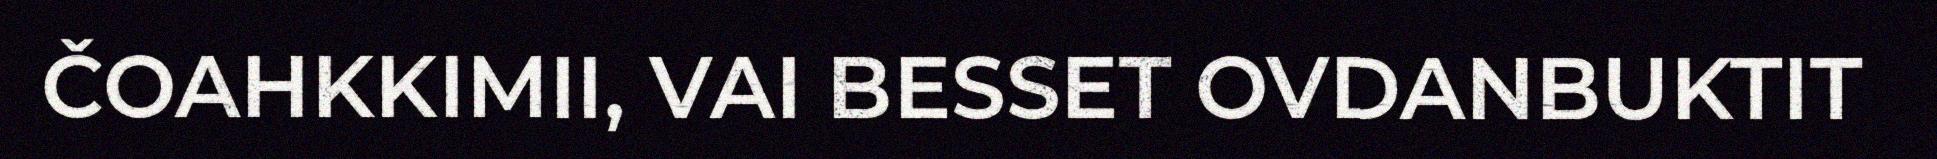
ČOAHKKIMII, VAI BESSET OVDANBUKTIT